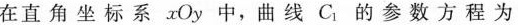
在直角坐标系xOy中，曲线C的参数方程为